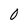
Character: 0